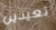
تعيدين